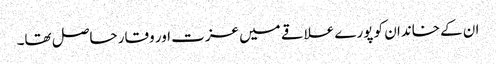
ان کے خاندان کو پورے علاقے میں عزت اور وقار حاصل تھا۔